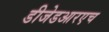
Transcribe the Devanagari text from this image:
डीजेडआरएच